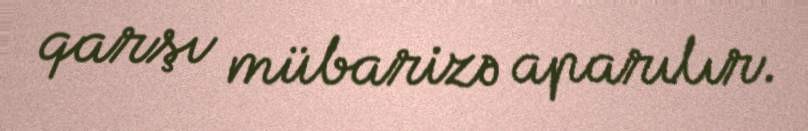
qarşı mübarizə aparılır.